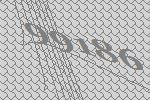
99186